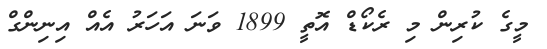
މީގެ ކުރިން މި ރެކޯޑް އޮތީ 1899 ވަނަ އަހަރު އެއް އިނިންގް